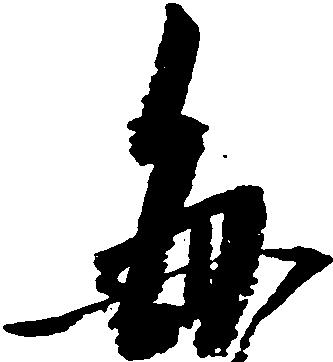
毎